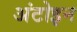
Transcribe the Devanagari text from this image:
अंटोइन